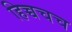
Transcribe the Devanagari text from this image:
हिच्चचच